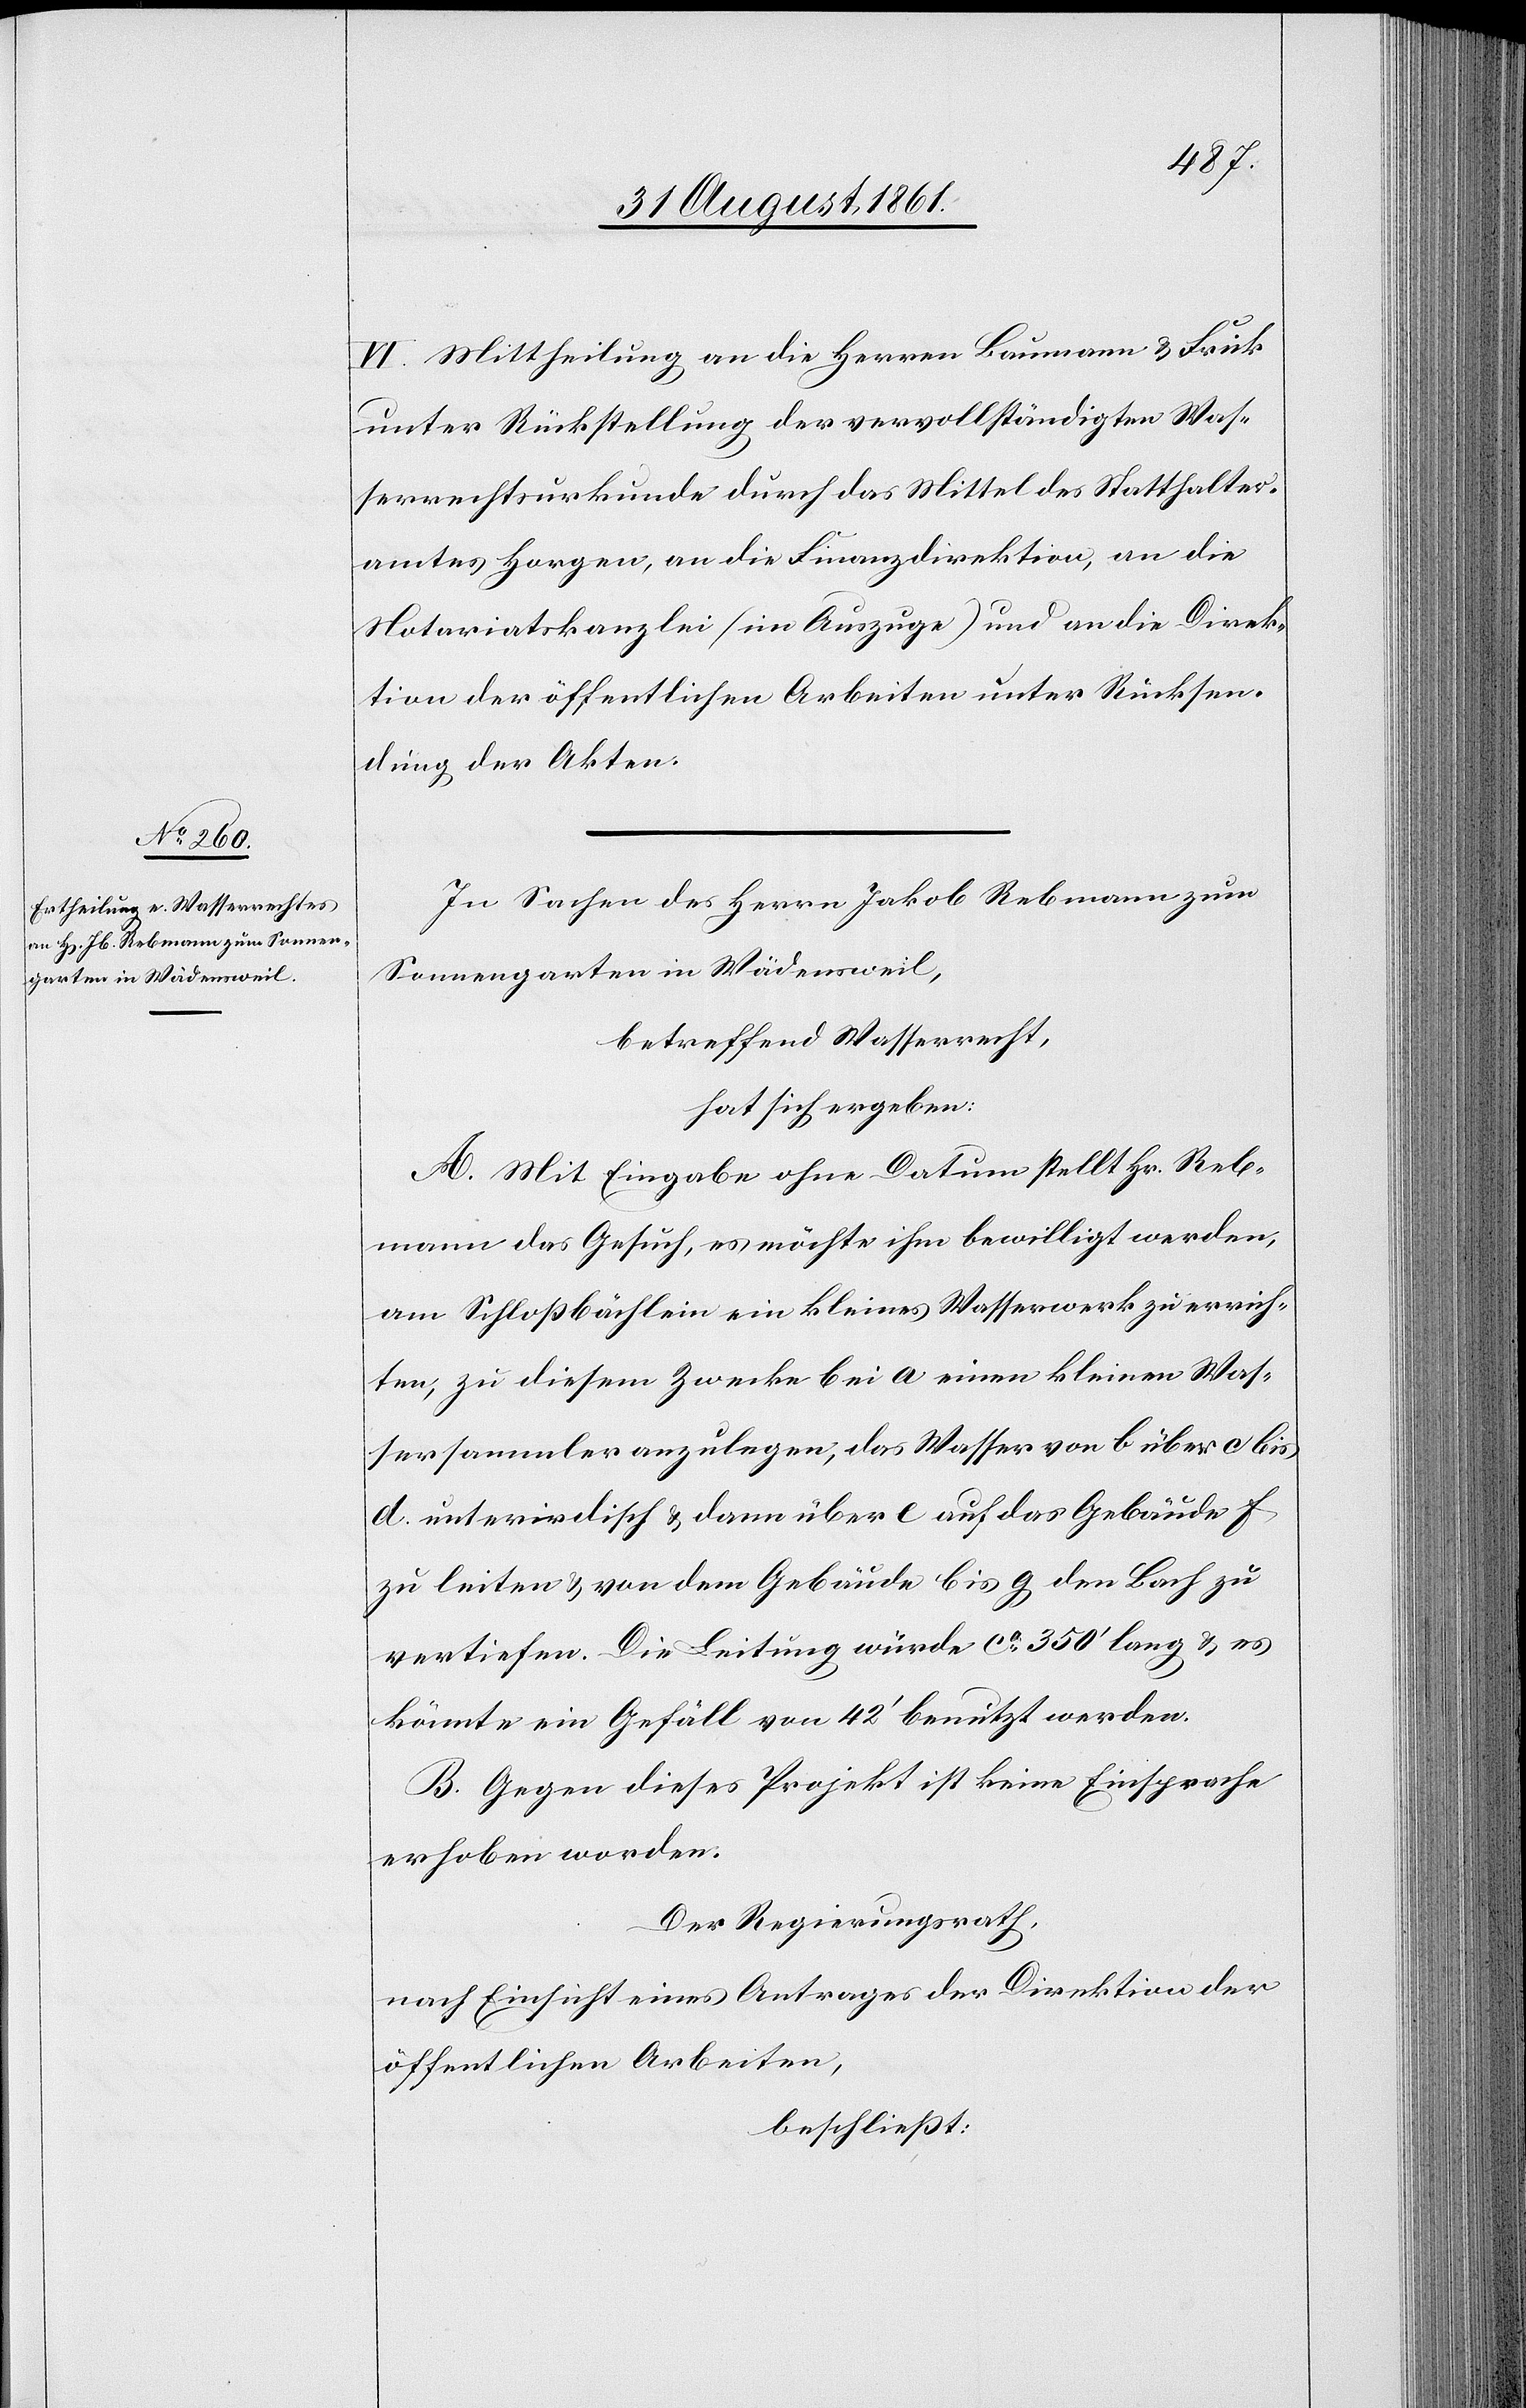
VI. Mittheilung an die Herren Baumann u. Frick
unter Rückstellung der vervollständigten Was¬
serrechtsurkunden durch das Mittel des Statthalter¬
amtes Horgen, an die Finanzdirektion, an die
Notariatskanzlei (im Auszuge) und an die Direk¬
tion der öffentlichen Arbeiten unter Rücksen¬
dung der Akten.
In Sachen des Herrn Jakob Rebmann zum
Sonnengarten in Wädensweil,
betreffend Wasserrecht,
hat sich ergeben:
A. Mit Eingabe ohne Datum stellt Hr. Reb¬
mann das Gesuch, es möchte ihm bewilligt werden,
am Schloßbächlein ein kleines Wasserwerk zu errich¬
ten, zu diesem Zwecke bei a einen kleinen Was¬
sersammler anzulegen, das Wasser von b über c bis
d. unterirdisch u. dann über e auf das Gebäude f
zu leiten, u. von dem Gebäude bis g den Bach zu
vertiefen. Die Leitung würde ca 350’ lang u. es
könnte ein Gefäll von 42’ benutzt werden.
B. Gegen dieses Projekt ist keine Einsprache
erhoben worden.
Der Regierungsrath,
nach Einsicht eines Antrages der Direktion der
öffentlichen Arbeiten,
beschließt: